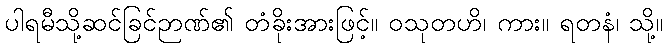
ပါရမီသို့ဆင်ခြင်ဉာဏ်၏ တံခိုးအားဖြင့်။ ဝသုတဟိ၊ ကား။ ရတနံ၊ သို့။